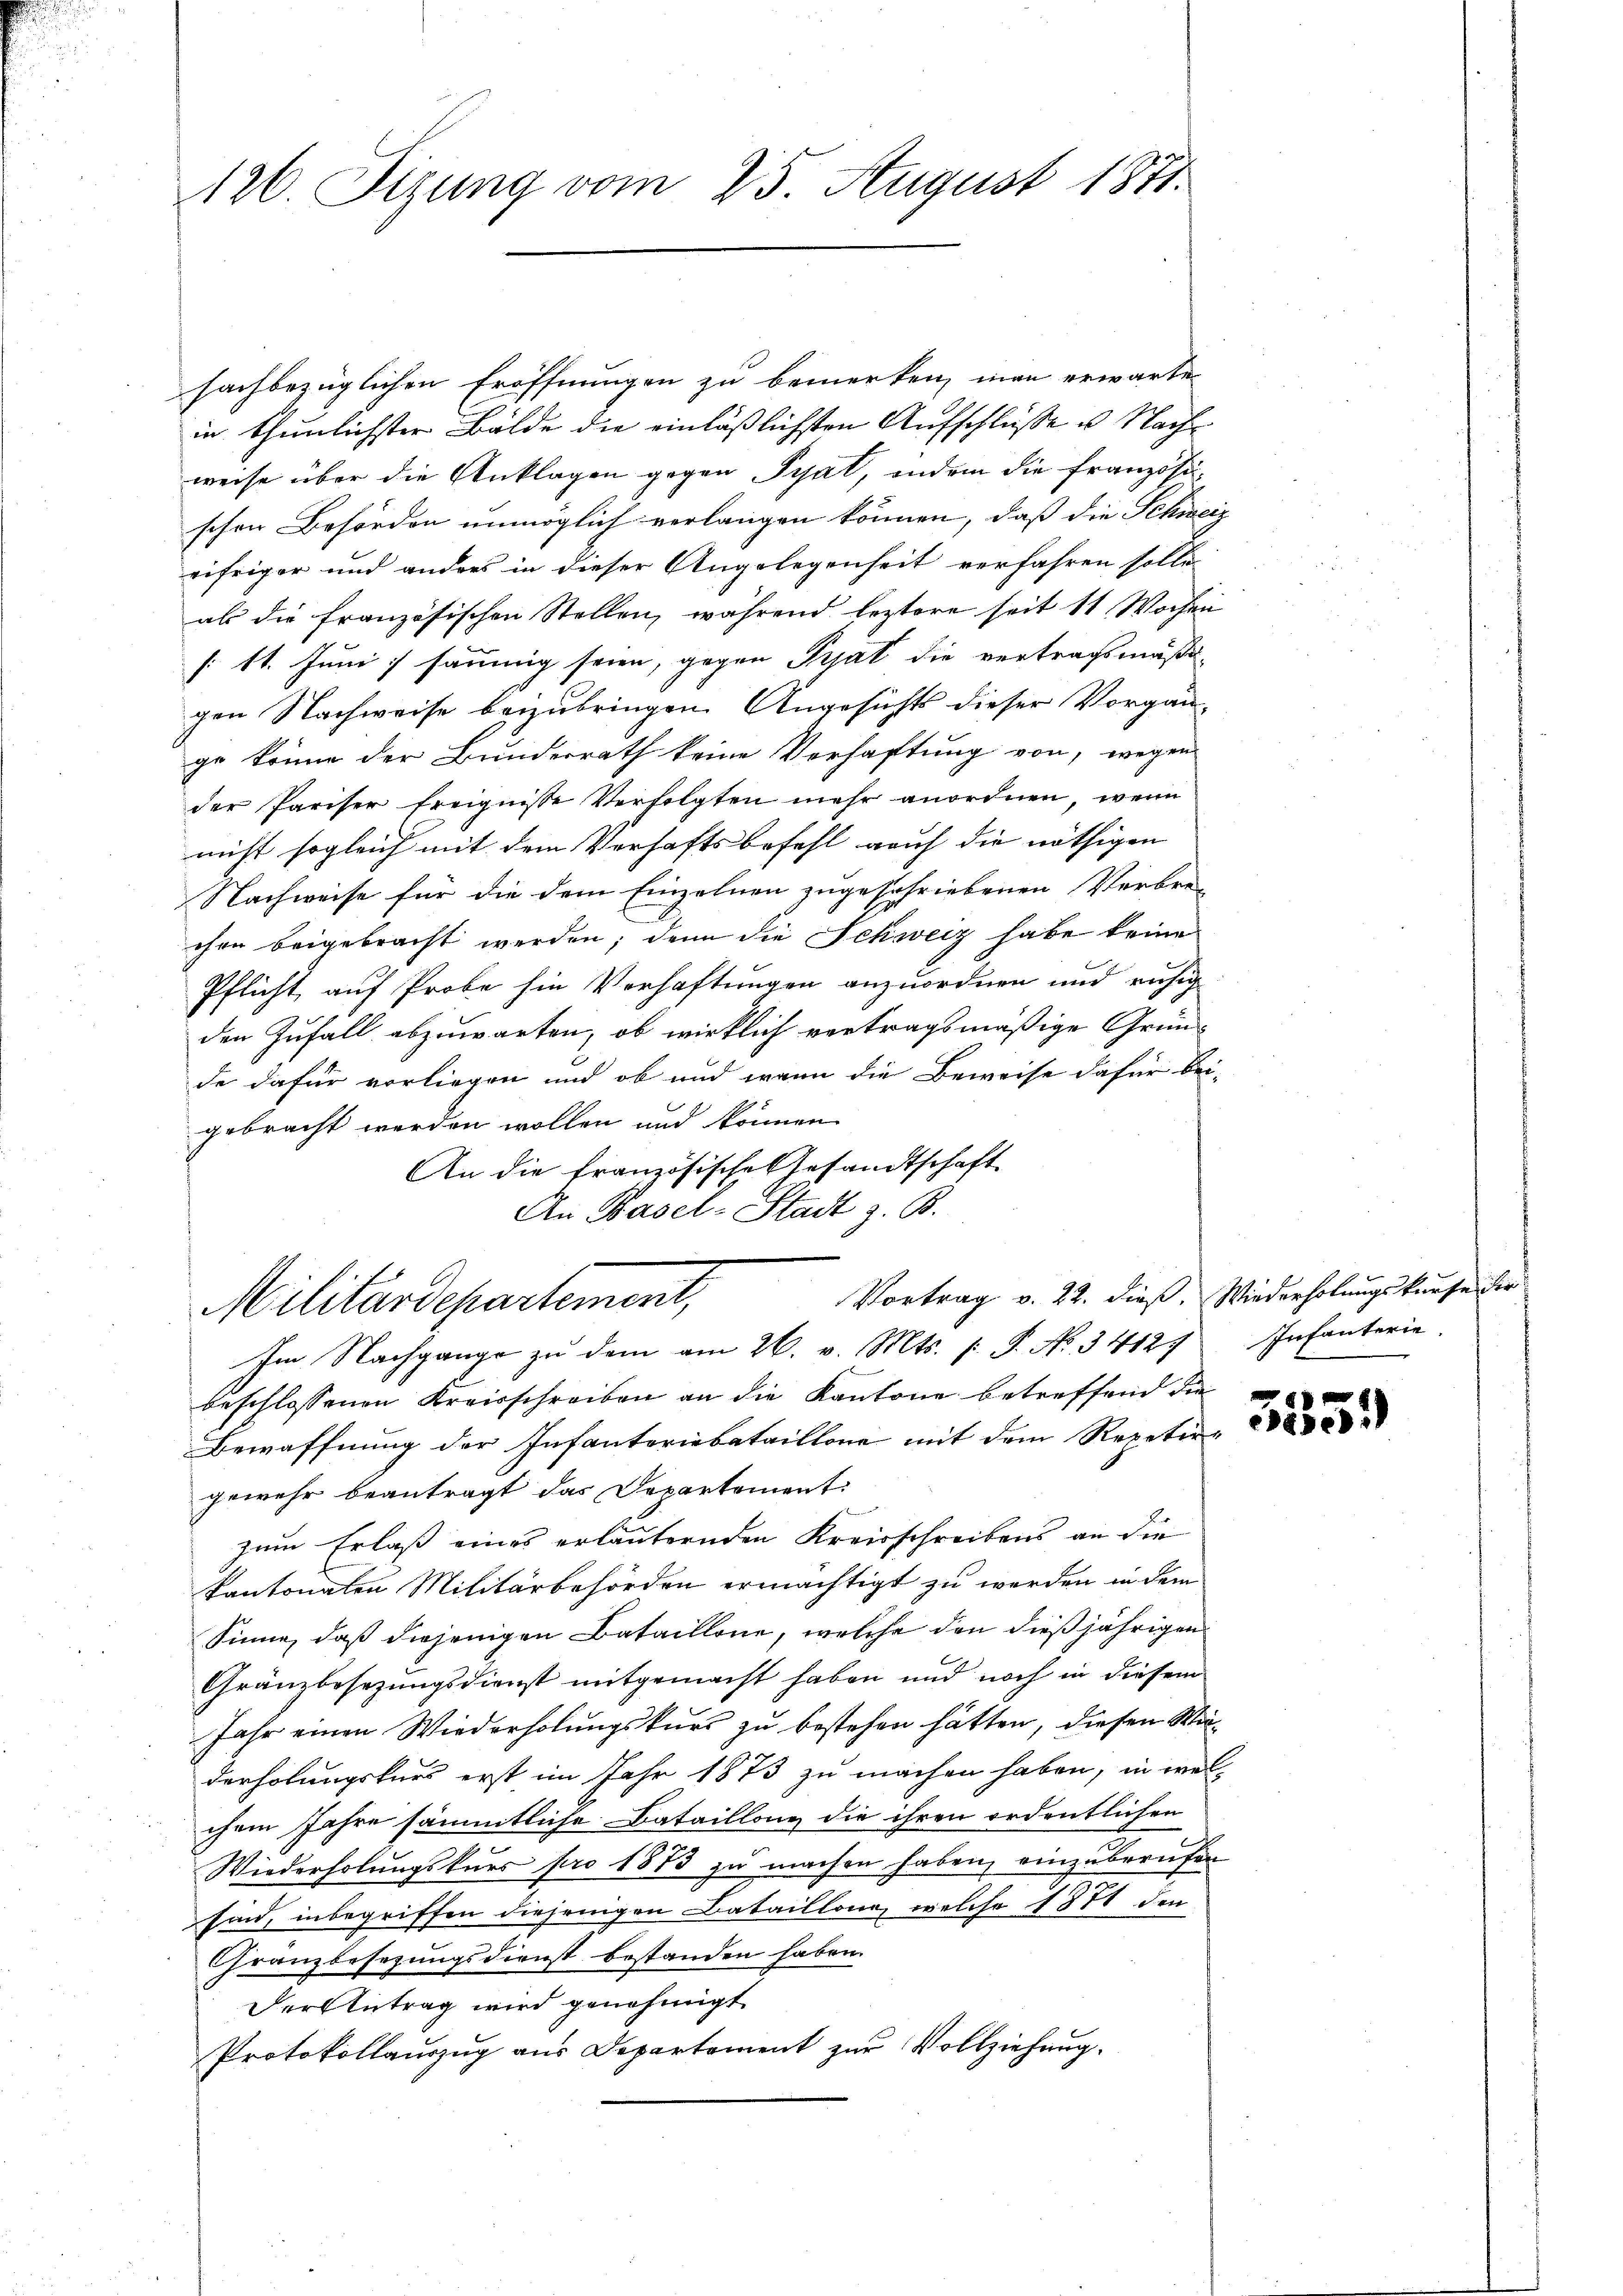
126. Sizung vom 25. August 1871.

sachbezüglichen Eröffnungen zu bemerken, man erwarte
in thunlichster Bälde die einläßlichsten Aufschlüße u. Nachweise über die Anklagen gegen Pyat, indem die Französi-
schen Behörden unmöglich verlangen können, daß die Schiner
eifriger und anders in dieser Angelegenheit verfahren solle
als die französischen Stellen, während leztere seit 11 Wochen
[: 11. Juni sammmig seien, gegen Prat die vertragsmäßigen Nachweise beizubringen. Angesichts dieser Vorgän-
ge könne der Bunderrath keine Verhaftung von, wegen
der Pariser freignisse Verfolgten mehr anordnen, wenn
nicht sogleich mit dem Verhaftsbefehl auf die nöthigen
Nachweise für die dem Einzelnen zugeschriebenen Verbre-
chen beigebracht werden; denn die Schweiz habe keine
Pflicht auf Probe hin Verhaftungen anzuordnen und ruhig
den Zufall abzuwarten, ob wirklich vertragsmäßige Gründe dafür vorliegen und ob und wenn die Beweise dafür bei-
gebracht werden wollen und können
An die französische Gesandtschaft
An Basel-Stadt z. B.
Vortrag v. 22. dieß. Wiederholungskaufe der
Militärdepartement,
Im Nachgange zŭ dem am 26. v. Mts. f. P. No. 34127 Infanterie.
beschlossenen Kreisschreiben an die Kantone betreffend die
Bewaffnung der Infanteriebataillone mit dem Repetir-
gewehr beantragt das Departement:
zum Erlaß eines erläuternden Kreisschreibens an die
kantonalen Militärbehörden ermächtigt zu werden in dem
Sinne, daß diejenigen Bataillone, welche den dießjährigen
Gränzbesezungsdienst mitgemacht haben und noch in diesem
Jahr einen Wiederholungskurs zu bestehen hätten, diesen Minderholungskurs erst im Jahr 1873 zu machen haben, in welchem Jahre sämmtliche Bataillone die ihren ordentlichen
Wiederholungskurs pro 1873 zu machen haben, einzuberufen
sind, inbegriffen diejenigen Bataillon, welche 1871 den
Granzbesezungsdienst bestanden haben.
Der Antrag wird genehmigt.
Protokollauszug aus Departement zur Vollziehung.

.

3559